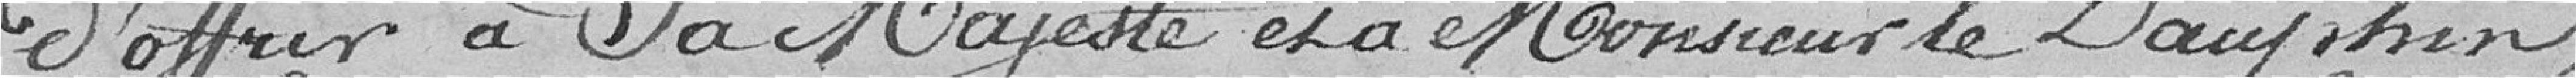
d'offrir à sa Majesté et à Monsieur le Dauphin